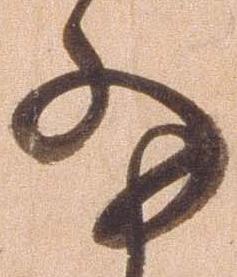
細